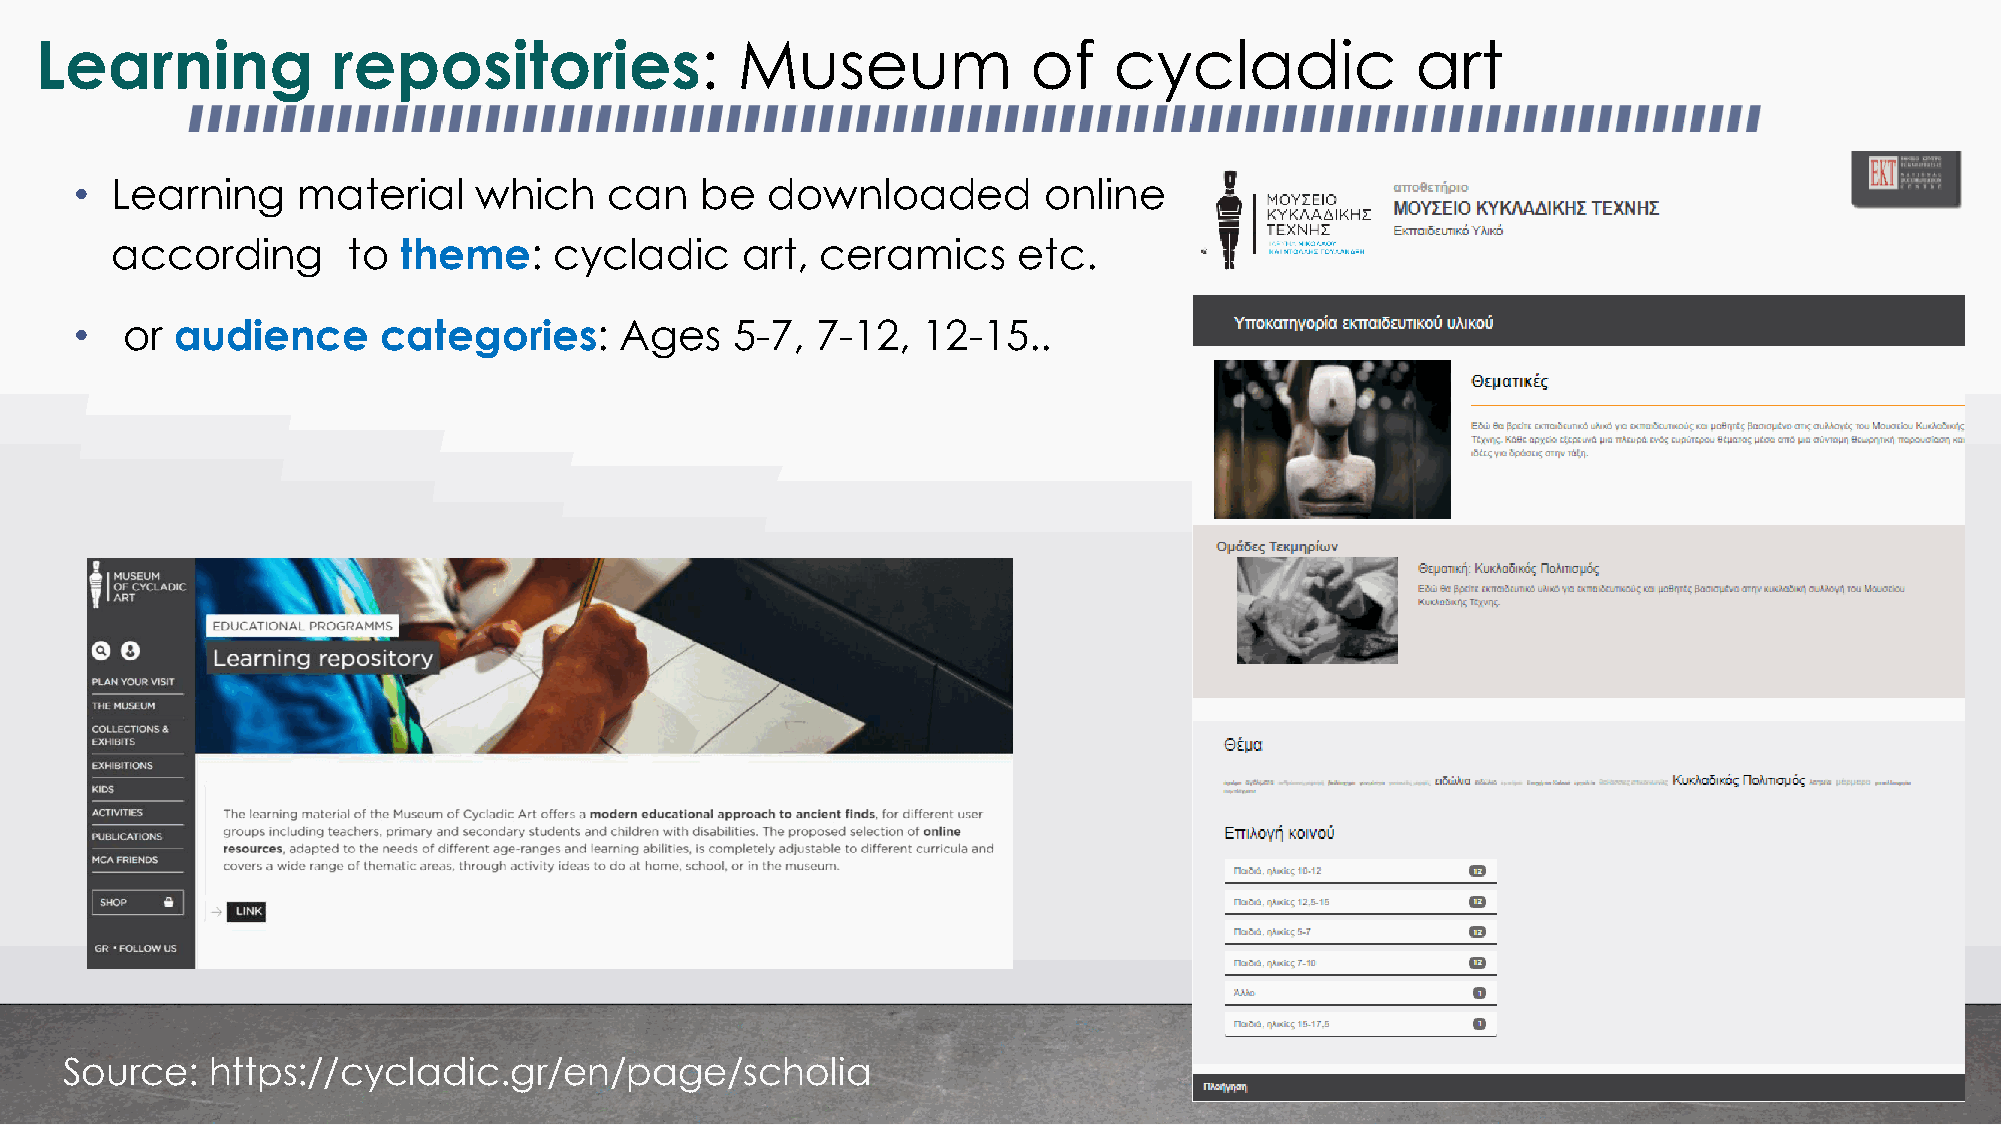
Learning            repositories:              Museum             of    cycladic            art
 • Learning     material   which    can   be   downloaded        online
 according       to theme:     cycladic    art, ceramics     etc.
 •  or  audience     categories:     Ages   5-7,  7-12,  12-15..
 Source:   https://cycladic.gr/en/page/scholia